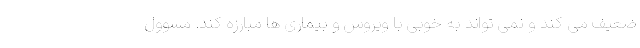
ضعیف می کند و نمی تواند به خوبی با ویروس و بیماری ها مبارزه کند. مسوول